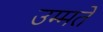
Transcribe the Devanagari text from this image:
उम्मतें